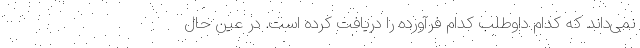
نمی‌داند که کدام داوطلب کدام فرآورده را دریافت کرده است. در عین حال